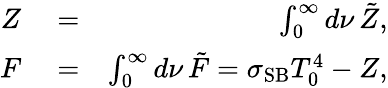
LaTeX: \begin{array}{rlr}{Z}&{{}=}&{\int_{0}^{\infty}d\nu\, \tilde{Z},}\\ {F}&{{}=}&{\int_{0}^{\infty}d\nu\, \tilde{F}=\sigma_{\mathrm{SB}}T_{0}^{4}-Z,}\end{array}